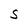
Character: S